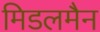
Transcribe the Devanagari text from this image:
मिडलमैन